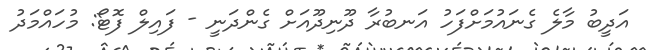
އަދީބު މާލެ ގެނައުމަށްފަހު އަނބުރާ ދޫނިދޫއަށް ގެންދަނީ - ފައިލް ފޮޓޯ: މުހައްމަދު